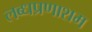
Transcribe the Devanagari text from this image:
लब्धप्रणाशम